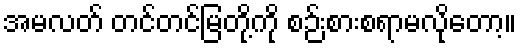
အမလတ် တင်တင်မြတို့ကို စဉ်းစားစရာမလိုတော့။